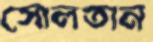
সোলতান